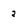
Character: 2